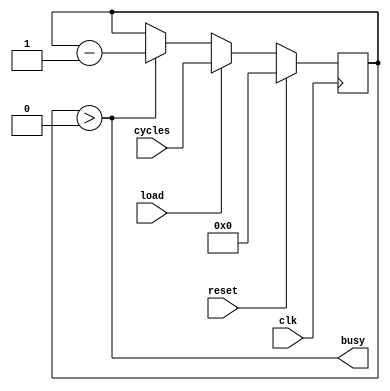
`default_nettype none
module timer(
    input clk,
    input reset,
    input load,
    input [15:0] cycles,
    output busy
    );

    reg [15:0] counter;

    always @(posedge clk) begin
        if(reset)
            counter <= 0;
        else if (load)
            counter <= cycles;
        else if (counter > 0)
            counter <= counter - 1'b1;
    end

    assign busy = counter > 0;

    `ifdef FORMAL
    // register for knowing if we have just started
    reg f_past_valid = 0;
    // start in reset
    initial assume(reset);
    always @(posedge clk) begin
        
        // assume timer won't get loaded with a 0
        assume(cycles > 0);

        // update past_valid reg so we know it's safe to use $past()
        f_past_valid <= 1;

        // cover the counter getting loaded and starting to count
        if(!reset)
            _loaded_: cover(busy);

        // cover timer finishing
        if(f_past_valid && !$past(reset))
            _finish_: cover($past(busy) && !busy);

        // busy
        if(counter)
            _busy_: assert(busy);

        // load works
        if(f_past_valid)
            if($past(load) && !$past(reset))
                _load_: assert(counter == $past(cycles));

        // counts down
        if(f_past_valid)
            if($past(busy) && !$past(reset) && !$past(load))
                _countdown_: assert(counter == $past(counter) - 1);
    end
    `endif
    
endmodule